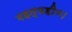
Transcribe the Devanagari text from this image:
महत्वहीन।